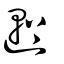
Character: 𬨺